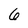
Character: 6